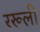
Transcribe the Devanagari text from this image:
ररूली